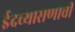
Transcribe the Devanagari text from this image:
ईदच्यासणाची